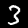
Digit: 3